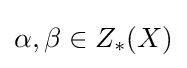
\alpha ,\beta \in Z_{*}(X)